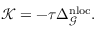
\begin{array} { r } { \mathcal { K } = - \tau \Delta _ { \mathcal { G } } ^ { \mathrm { n l o c } } . } \end{array}